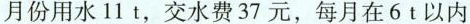
月份用水11t，交水费37元，每月在6t以内